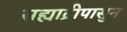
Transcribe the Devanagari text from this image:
सह्याद्रीपासुन